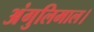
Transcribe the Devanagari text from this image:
अंगुलिमाल।